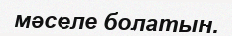
мәселе болатын.